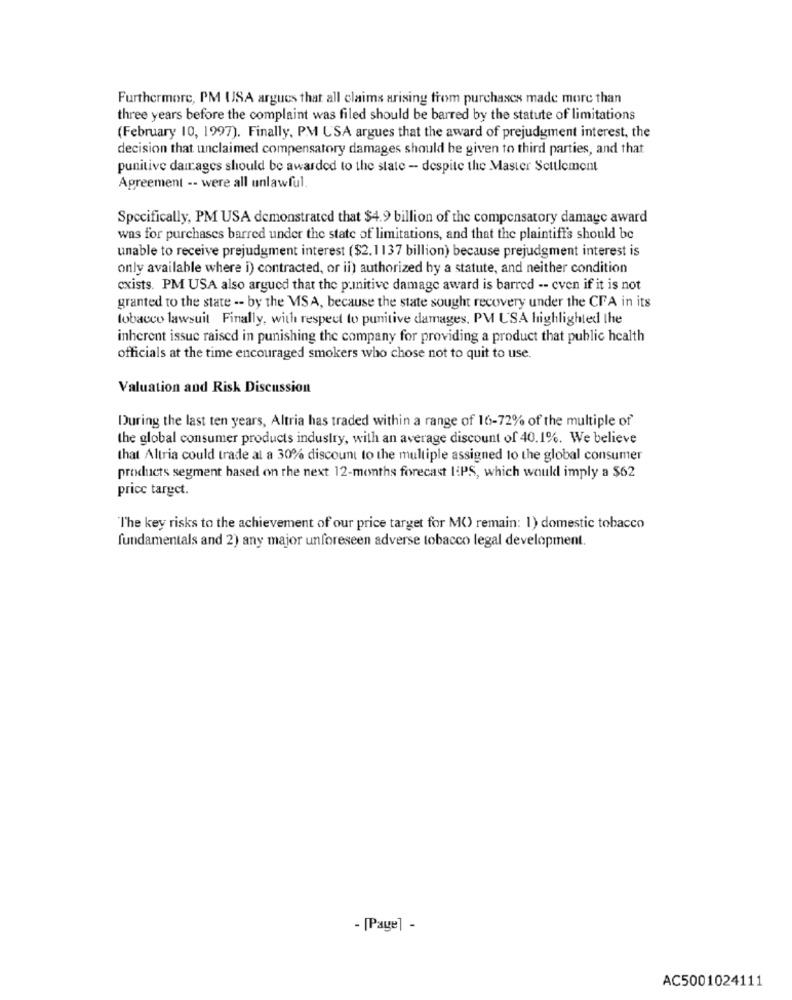
Furthermore, PM USA argues that all claims arising from purchases made more than
three years before the complaint was filed should be barred by the statute of limitations
(February 10, 1997). Finally, PM USA argues that the award of prejudgment interest, the
decision that unclaimed compensatory damages should be given to third parties, and that
punitive dairages should be awarded to the state - despite the Master Settlement
Agreement -- were all unlawful.
Specifically, PM USA demonstrated that $4.9 billion of the compensatory damage award
was for purchases barred under the state of limitations, and that the plaintiff's should be
unable to receive prejudgment interest ($2.1137 billion) because prejudgment interest is
only available where i) contracted, or il) authorized by a statute, and neither condition
cxists. PM USA also argued that the punitive damage award is barred -- even if it is not
granted to the state -- by the MSA, because the state sought recovery under the CFA in its
tobacco lawsuit Finally, with respect to punitive damages, PM USA highlighted the
inherent issue raised in punishing the company for providing a product that public health
officials at the time encouraged smokers who chose not to quit to use.
Valuation and Risk Discussion
During the last ten years, Altria has traded within a range of 16-72% of the multiple of'
the global consumer products industry, with an average discount of 40,1%. We believe
that Altria could trade al a 30% discount to the multiple assigned to the global consumer
products segment based on the next 12-months forecast IPS, which would imply a $62
price target.
"The key risks to the achievement of our price target for M() remain: 1) domestic tobacco
fundamentals and 2) any major unforeseen adverse tobacco legal development.
- [Page] -
AC5001024111